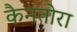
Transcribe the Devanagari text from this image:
कैनतोरा